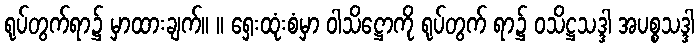
ရုပ်တွက်ရာ၌ မှာထားချက်။ ။ ရှေးထုံးစံမှာ ဝါသိဋ္ဌောကို ရုပ်တွက် ရာ၌ ဝသိဋ္ဌသဒ္ဒါ အပစ္စသဒ္ဒါ